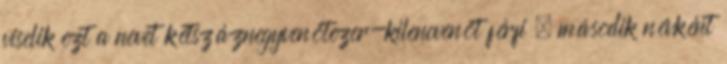
viselik ezt a nevet kétszáznegyvenötezer-kilencvenöt férfi , második névként